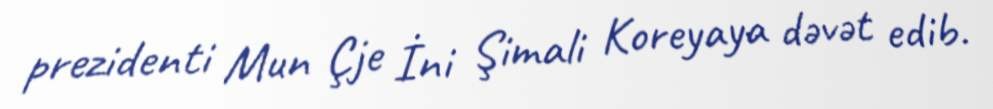
prezidenti Mun Çje İni Şimali Koreyaya dəvət edib.